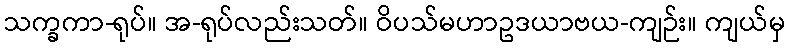
သက္ခကာ-ရုပ်။ အ-ရုပ်လည်းသတ်။ ဝိပသ်မဟာဥဒယာဗယ-ကျဉ်း။ ကျယ်မှ